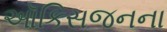
ઑકિસજનના